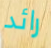
رائد